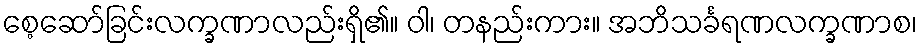
စေ့ဆော်ခြင်းလက္ခဏာလည်းရှိ၏။ ဝါ၊ တနည်းကား။ အဘိသင်္ခရဏလက္ခဏာစ၊